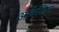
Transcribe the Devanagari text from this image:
आर्केजिल